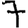
Digit: 7